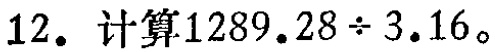
12. 计算\(1289.28\div3.16\)。